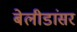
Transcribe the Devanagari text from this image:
बेलीडांसर